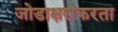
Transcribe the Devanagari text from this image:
जोडाक्षरांकरता